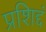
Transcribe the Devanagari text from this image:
प्रशिद्दं